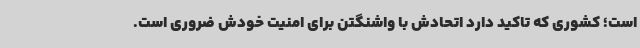
است؛ کشوری که تاکید دارد اتحادش با واشنگتن برای امنیت خودش ضروری است.